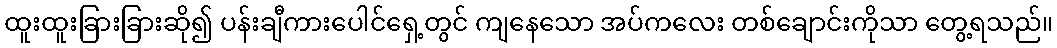
ထူးထူးခြားခြားဆို၍ ပန်းချီကားပေါင်ရှေ့တွင် ကျနေသော အပ်ကလေး တစ်ချောင်းကိုသာ တွေ့ရသည်။